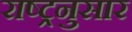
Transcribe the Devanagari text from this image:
राष्ट्रनुसार